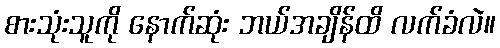
စားသုံးသူကို နောက်ဆုံး ဘယ်အချိန်ထိ လက်ခံလဲ။